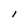
Character: I